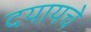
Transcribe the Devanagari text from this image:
दयायचे